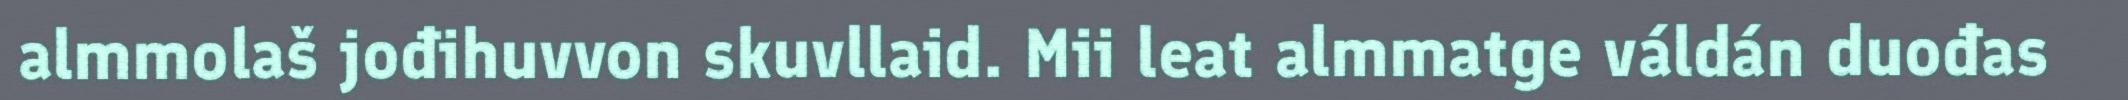
almmolaš jođihuvvon skuvllaid. Mii leat almmatge váldán duođas